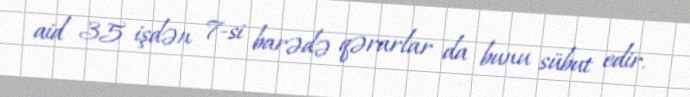
aid 35 işdən 7-si barədə qərarlar da bunu sübut edir.